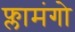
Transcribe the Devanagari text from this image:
फ्लामंगो